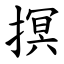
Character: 㨠